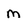
Character: M